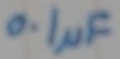
Text: 0.1µF